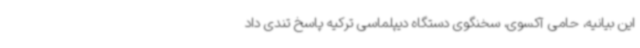
این بیانیه، حامی آکسوی، سخنگوی دستگاه دیپلماسی ترکیه پاسخ تندی داد